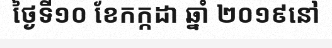
ថ្ងៃទី១០ ខែកក្កដា ឆ្នាំ ២០១៩នៅ